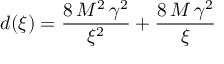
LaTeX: d ( \xi ) = { \frac { 8 \, { M ^ { 2 } } \, { { \gamma } ^ { 2 } } } { { { \xi } ^ { 2 } } } } + { \frac { 8 \, M \, { { \gamma } ^ { 2 } } } { \xi } }